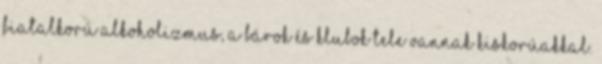
fiatalkorú alkoholizmus, a bárok és klubok tele vannak kiskorúakkal.